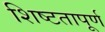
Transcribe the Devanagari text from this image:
शिष्टतापूर्ण